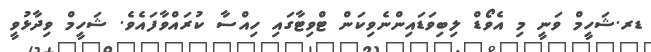
ޑރ.ޝަހީމް ވަނީ މި އެވޯޑް ލިބިވަޑައިންނެވިކަން ޓްވިޓާގައި ހިއްސާ ކުރައްވާފައެވެ. ޝަހީމް ވިދާޅުވީ